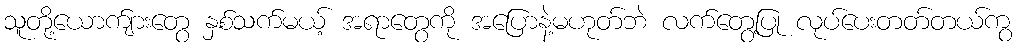
သူတို့ယောက်ျားတွေ နှစ်သက်မယ့် အရာတွေကို အပြောနဲ့မဟုတ်ဘဲ လက်တွေ့ပြု လုပ်ပေးတတ်တယ်ကွ